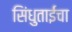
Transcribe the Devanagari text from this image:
सिंधुताईंचा